Report on vaccination in Madras 1904-1921 - 1904-1921
Year: 1904
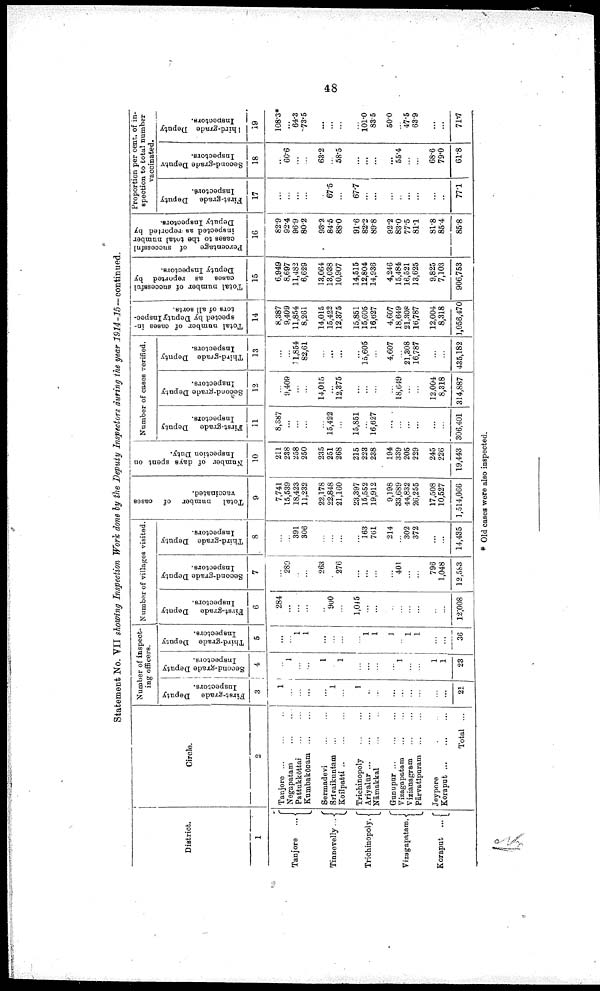
48
Statement No. VII showing Inspection Work done by the Deputy Inspectors during the year 1914-15 — continued.
District.
1
Tanjore
...
Tinnevelly ...
Trichinopoly.
Vizagapatam.
Koraput ...
Circle.
2
Tanjore ... ... ...
Negapatam
...
...
Pattukkōttai
...
...
Kumbakōnam
...
...
Sermadevi
...
...
Srīvaikuntam ... ...
Koilpatti ... ... ...
Trichinopoly
...
...
Ariyalūr
...
...
...
Nāmakkal ... ...
Gunupar
...
...
...
Vizagapatam
...
...
Vizianagram
...
...
Pārvatīpuram
...
...
Jeypore ... ... ...
Koraput
...
...
...
Total ...
Number of inspect
ing officers.
First-grade Deputy
Inspectors.
3
1
...
...
...
...
1
...
1
...
...
...
...
...
...
...
...
21
Second-grade Deputy
Inspectors.
4
...
1
...
...
1
...
1
...
...
...
...
1
...
...
1
1
23
Third-grade Deputy
Inspectors.
5
...
...
1
1
...
...
...
...
1
1
3
...
1
1
...
...
36
Number of villages visited.
First-grade
Deputy
Inspectors.
6
284
...
...
...
...
900
...
1,015
...
...
...
...
...
...
...
...
12,008
Second-grade Deputy
Inspectors.
7
...
289
...
...
263
...
276
...
...
...
...
401
...
...
796
1,048
12,583
Third-grade Deputy
Inspectors.
8
...
...
391
306
...
163
761
214
302
372
...
...
14,435
Total number of cases
vaccinated.
9
7,741
15,539
18,423
11,232
22,178
22,848
21,160
23,397
15,552
19,912
9,198
33,689
44,832
26,255
17,508
10,527
1,514,066
Number of days spent on
Inspection Duty.
10
211
238
258
250
235
251
268
215
223
238
194
339
205
229
245
226
19,443
Number of cases verified.
First-grade Deputy
Inspectors.
11
8,387
...
...
...
...
15,422
...
15,851
...
16,627
...
...
...
...
...
...
306,401
Second-grade Deputy
Inspectors.
12
...
9,409
...
...
14,015
...
12,375
...
...
...
...
18,649
...
...
12,004
8,318
314,887
Third-grade Deputy
Inspectors.
13
...
...
1,854
82,61
...
...
...
...
15,605
...
4,607
...
21,308
16,787
...
...
435,182
Total number of cases in
spected by Deputy Inspec
tors of all sorts.
14
8,387
9,409
11,854
8,261
14,015
15,422
12,375
15,851
15,605
16,627
4,607
18,649
21,308
16,787
12,004
8,318
1,056,470
Total number of successful
cases as reported by
Deputy Inspectors.
15
6,949
8,697
11,482
6,629
13,064
13,038
10,907
14,515
12,804
14,936
4,246
15,484
16,521
13,625
9,825
7,103
906,753
Percentage
of successful
cases to the total number
inspected as reported by
Deputy Inspectors.
16
82.9
92.4
96.9
80.2
93.2
84.5
88.0
91.6
82.2
89.8
92.2
83.0
77.5
81.1
81.8
85.4
85.8
Proportion per cent. of in
spection to total number
vaccinated.
First-grade Deputy
Inspectors.
17
...
...
...
...
...
67.5
...
67.7
...
...
...
...
...
...
...
...
77.1
Second-grade Deputy
Inspectors.
18
...
60.6
...
...
63.2
...
58.5
...
...
...
...
55.4
...
...
68.6
79.0
61.8
Third-grade Deputy
Inspectors.
19
108.3*
...
64.3
73.5
...
...
...
...
101.0
83.5
50.0
...
47.5
63.9
...
...
71.7
* Old cases were also inspected.